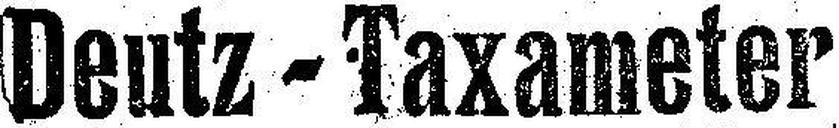
Deutz-Taxameter